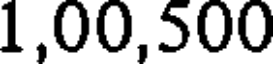
1,00,500